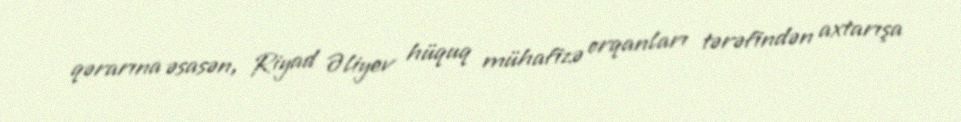
qərarına əsasən, Riyad Əliyev hüquq mühafizə orqanları tərəfindən axtarışa